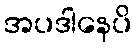
အပဒါနေပိ